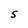
Character: S